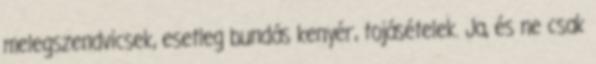
melegszendvicsek, esetleg bundás kenyér, tojásételek. Ja, és ne csak